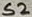
Text: S2